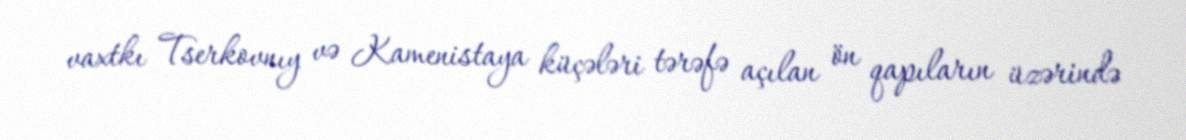
vaxtkı Tserkovnıy və Kamenistaya küçələri tərəfə açılan ön qapıların üzərində